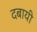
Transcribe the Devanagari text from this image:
दबायी